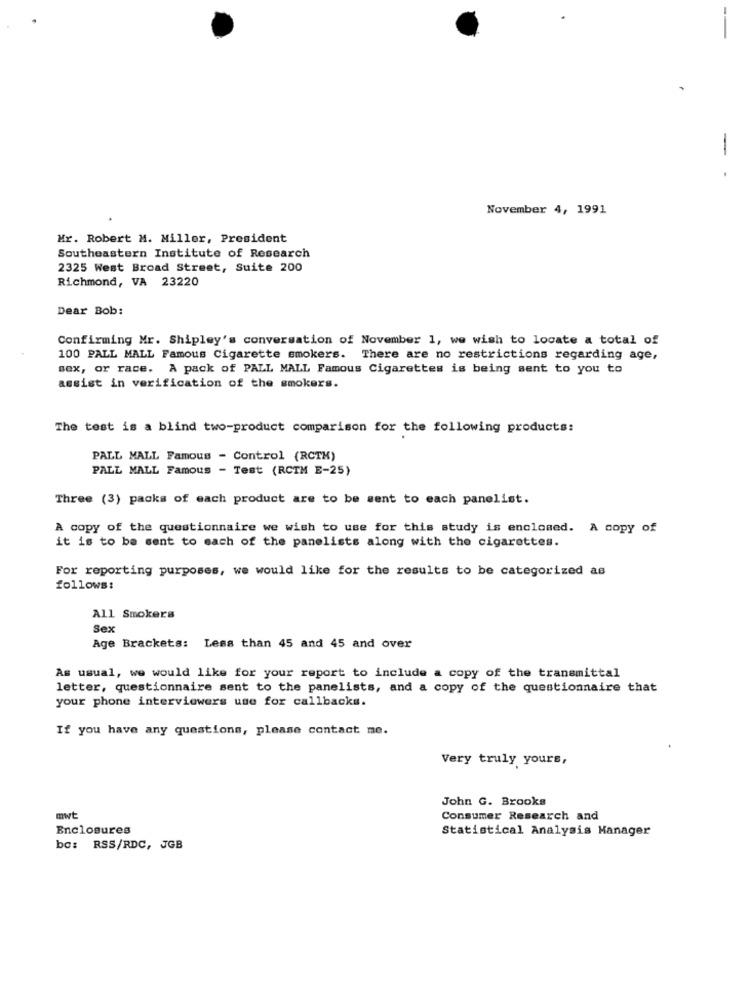
- -
November 4, 1991
Mr. Robert M. Miller, President
Southeastern Institute of Research
2325 West Broad Street, Suite 200
Richmond, VA 23220
Dear Bob:
Confirming Mr. Shipley's conversation of November 1, we wish to locate a total of
100 PALL MALL Famous Cigarette smokers. There are no restrictions regarding age,
sex, or race. A pack of PALL MALL Famous Cigarettes is being sent to you to
assist in verification of the smokers.
The test is a blind two-product comparison for the following products:
PALL MALL Famous - Control (RCTK)
PALL MALL Famous - Test (RCTM E-25)
Three (3) packs of each product are to be sent to each panelist.
A copy of the questionnaire we wish to use for this study is enclosed. A copy of
it is to be sent to each of the panelists along with the cigarettes.
For reporting purposes, we would like for the results to be categorized as
follows:
All Smokers
Sex
Age Brackets: Less than 45 and 45 and over
As usual, we would like for your report to include a copy of the transmittal
letter, questionnaire sent to the panelists, and a copy of the questionnaire that
your phone interviewers use for callbacks.
If you have any questions, please contact me.
Very truly yours,
John G. Brooks
mwt
Consumer Research and
Enclosures
Statistical Analysis Manager
bo: RSS/RDC, JGB